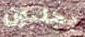
يجلبون